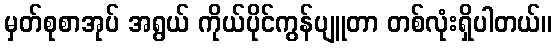
မှတ်စုစာအုပ် အရွယ် ကိုယ်ပိုင်ကွန်ပျူတာ တစ်လုံးရှိပါတယ်။